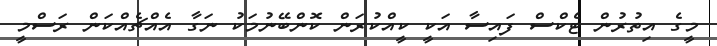
މީގެ އިތުރުން ޓެކްސް ފައިސާ އަކީ ކީއްކުރަން ކޮންބޭނުމަކު ނަގާ އެއްޗެއްކަން ރަސްމީ